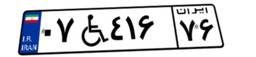
۰۷W۴۱۶۷۶